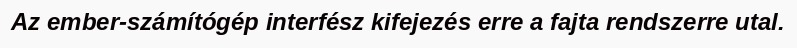
Az ember-számítógép interfész kifejezés erre a fajta rendszerre utal.